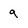
Character: 9